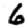
Digit: 6